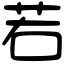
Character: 若